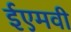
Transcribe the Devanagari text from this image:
ईएमवी